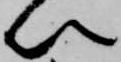
以